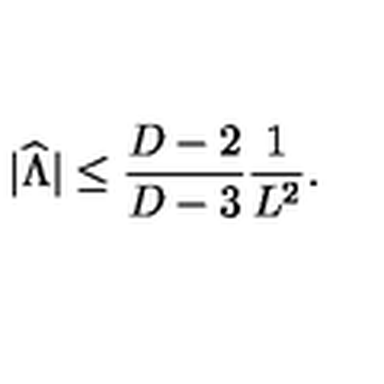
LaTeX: | { \widehat \Lambda } | \leq { \frac { D - 2 } { D - 3 } } { \frac { 1 } { L ^ { 2 } } } .